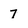
Character: 7